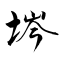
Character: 埁